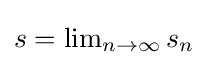
{\textstyle s=\lim _{n\to \infty }s_{n}}